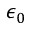
\epsilon _ { 0 }